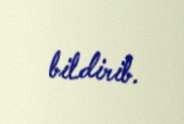
bildirib.